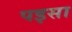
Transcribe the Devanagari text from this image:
पइसा